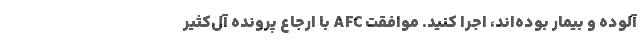
آلوده و بیمار بوده‌اند، اجرا کنید. موافقت AFC با ارجاع پرونده آل‌کثیر